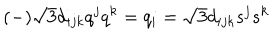
( - ) \sqrt 3 d _ { i j k } q ^ { j } q ^ { k } = q _ { i } = \sqrt 3 d _ { i j k } s ^ { j } s ^ { k }